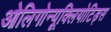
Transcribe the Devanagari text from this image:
ओलिगोन्यूक्लियोटिड्स